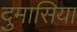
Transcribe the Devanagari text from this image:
दुमासिया